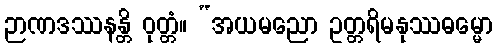
ဉာဏဒဿနန္တိ ဝုတ္တံ။ “အယမညော ဥတ္တရိမနုဿဓမ္မော